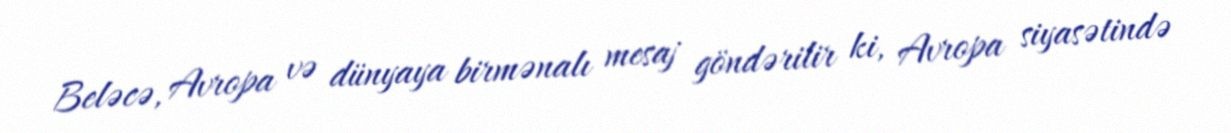
Beləcə, Avropa və dünyaya birmənalı mesaj göndərilir ki, Avropa siyasətində